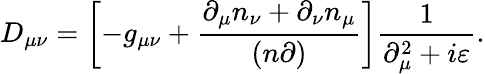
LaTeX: D_{\mu\nu}=\left[-g_{\mu\nu}+\frac{\partial_{\mu}n_{\nu}+\partial_{\nu}n_{\mu}}{(n\partial)}\right]\frac{1}{\partial_{\mu}^{2}+i\varepsilon}.